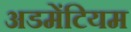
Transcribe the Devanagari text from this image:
अडमेंटियम